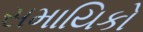
સમાયિકો